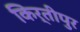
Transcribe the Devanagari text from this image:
किर्तीपुर